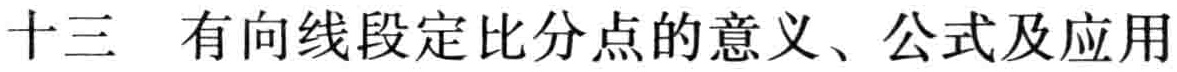
十三 有向线段定比分点的意义、公式及应用